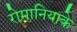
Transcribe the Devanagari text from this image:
रोमानियाके